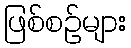
ဖြစ်စဉ်များ